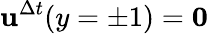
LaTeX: \mathbf{u}^{\Delta t}(y=\pm 1)=\mathbf{0}